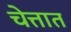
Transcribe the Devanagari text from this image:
चेत्तात